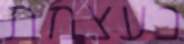
בעצמת